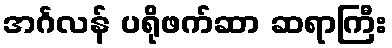
အင်္ဂလန် ပရိုဖက်ဆာ ဆရာကြီး